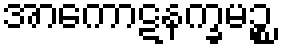
အာကောဋနက္ခမဉ္စ